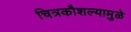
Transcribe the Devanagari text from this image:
चित्रकौशल्यामुळे